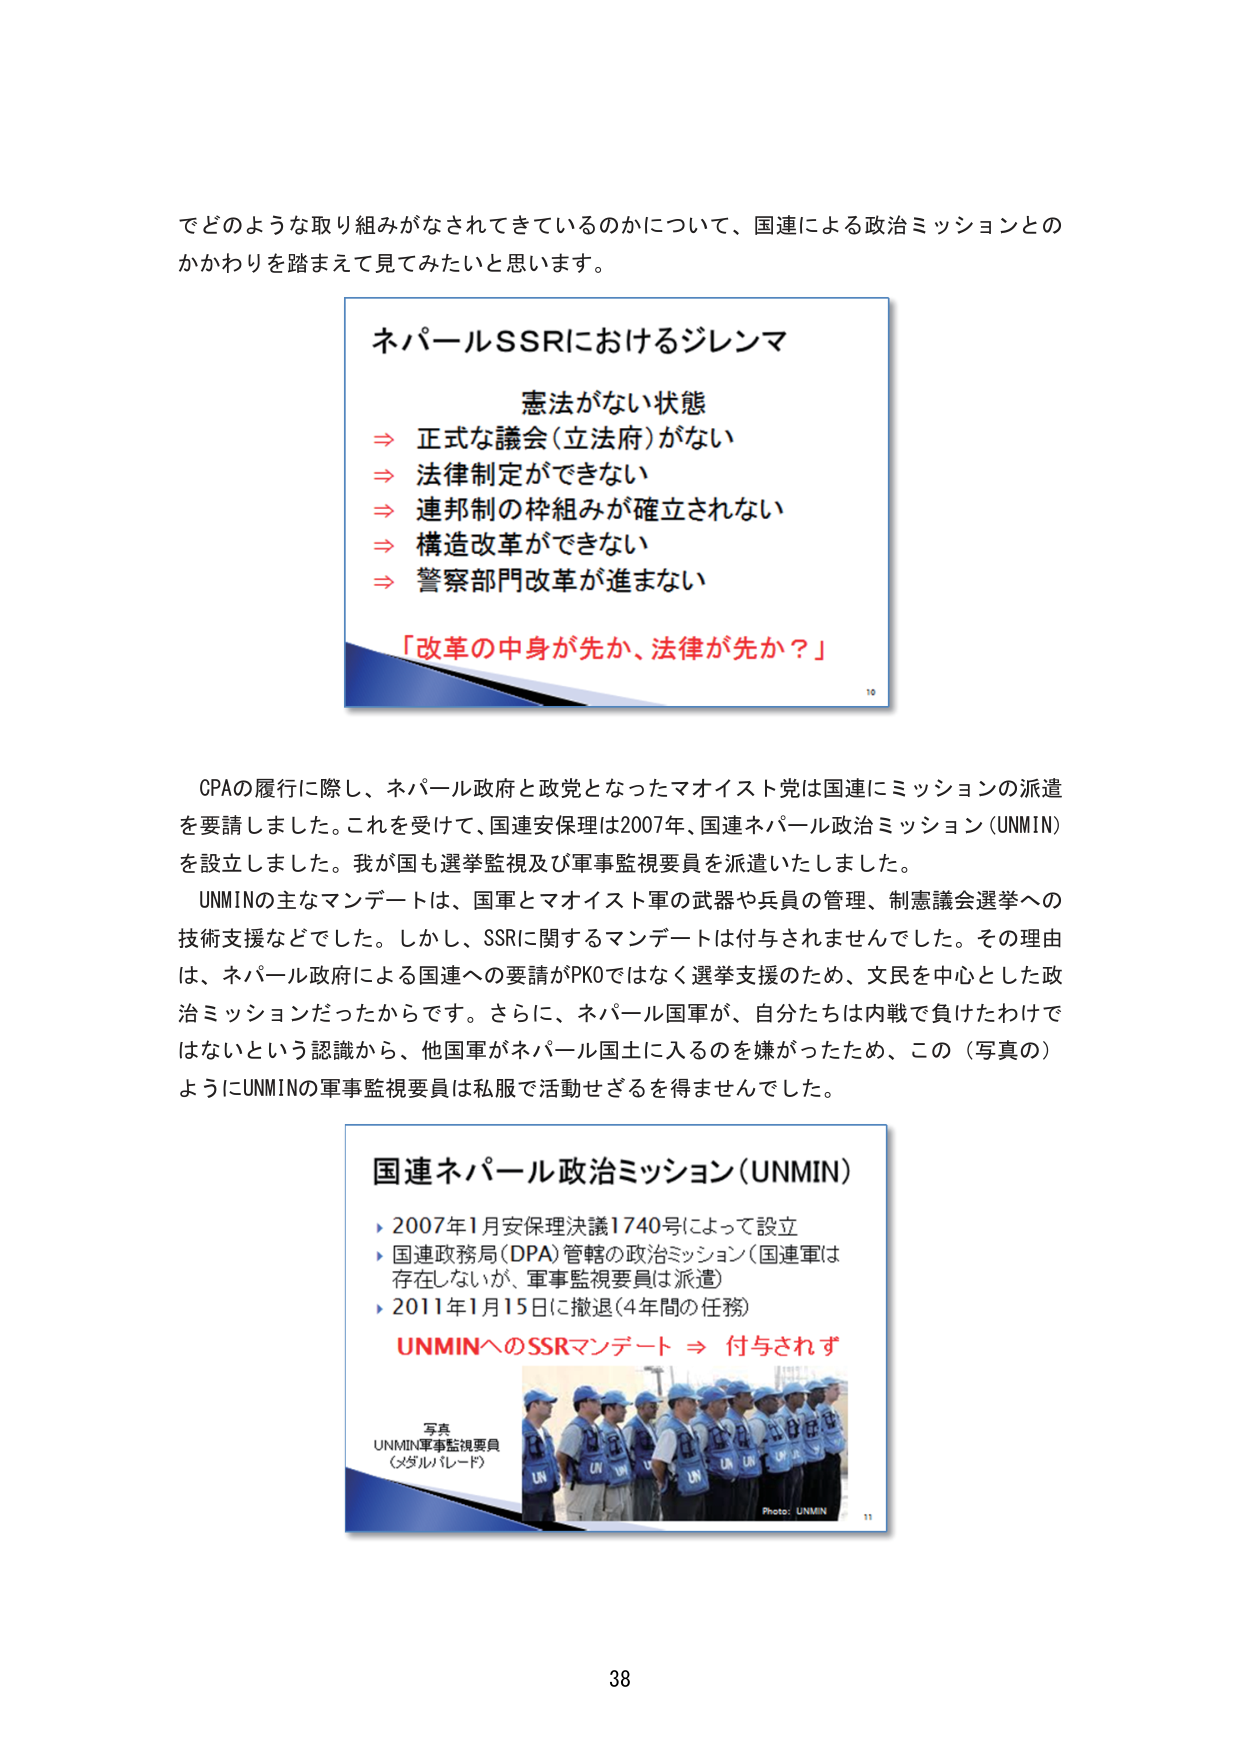
でどのような取り組みがなされてきているのかについて、国連による政治ミッションとのかかわりを踏まえて見てみたいと思います。

ネパールSSRにおけるジレンマ
憲法がない状態
⇒ 正式な議会（立法府）がない
⇒ 法律制定ができない
⇒ 連邦制の枠組みが確立されない
⇒ 構造改革ができない
⇒ 警察部門改革が進まない
「改革の中身が先か、法律が先か？」

GPAの履行に際し、ネパール政府と政党となったマオイスト軍は国連にミッションの派遣を要請しました。これを受けて、国連安保理は2007年、国連ネパール政治ミッション（UNMIN）を設立しました。我が国も選挙監視及び軍事監視要員を派遣いたしました。
UNMINの主なマンデートは、国軍とマオイスト軍の武器や兵員の管理、制憲議会選挙への技術支援などでした。しかし、SSRに関するマンデートは付与されませんでした。その理由は、ネパール政府による国連への要請がPKOではなく選挙支援のため、文民を中心とした政治ミッションだったからです。さらに、ネパール国軍が、自分たちは内戦で負けたわけではないという認識から、他国軍がネパール国土に入るのを嫌がったため、この（写真の）ようにUNMINの軍事監視要員は私服で活動せざるを得ませんでした。

国連ネパール政治ミッション（UNMIN）
▶ 2007年1月安保理決議1740号によって設立
▶ 国連政務局（DPA）管轄の政治ミッション（国連軍は存在しないが、軍事監視要員は派遣）
▶ 2011年1月15日に撤退（4年間の任務）
UNMINへのSSRマンデート ⇒ 付与されず

写真
UNMIN軍事監視要員
（メダルバレーード）
Photo: UNMIN

38